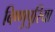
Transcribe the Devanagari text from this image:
बिष्णुपुरिया